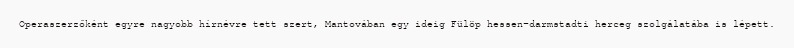
Operaszerzőként egyre nagyobb hírnévre tett szert, Mantovában egy ideig Fülöp hessen–darmstadti herceg szolgálatába is lépett.